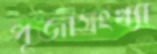
পূজাসংখ্যা